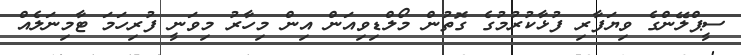
ސީޕްލޭންގެ ވިޔަފާރި ފުޅާކުރުމުގެ ގޮތުން މޯލްޑިވިއަން އިން މިހާރު މިވަނީ ފުރިހަމަ ޓާމިނަލެއް